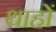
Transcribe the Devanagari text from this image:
थाहों